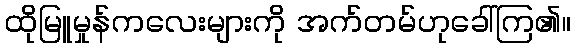
ထိုမြူမှုန်ကလေးများကို အက်တမ်ဟုခေါ်ကြ၏။